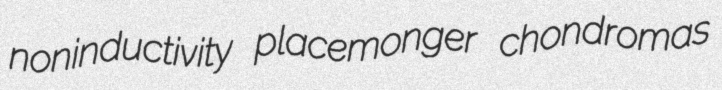
noninductivity placemonger chondromas